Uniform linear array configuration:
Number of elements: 24
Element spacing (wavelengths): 1
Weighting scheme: uniform
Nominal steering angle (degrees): -45
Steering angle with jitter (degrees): -45.37
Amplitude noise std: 0.05
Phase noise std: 0.05

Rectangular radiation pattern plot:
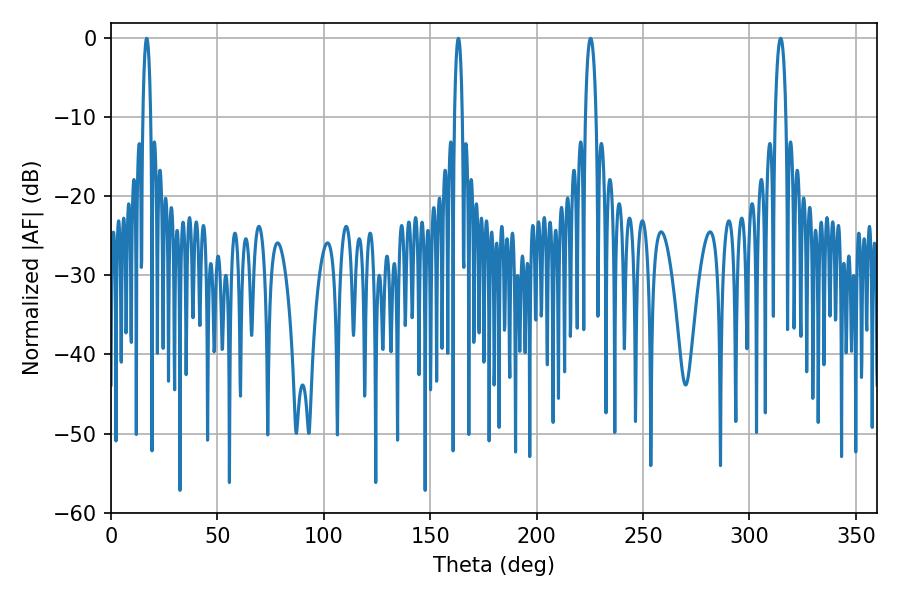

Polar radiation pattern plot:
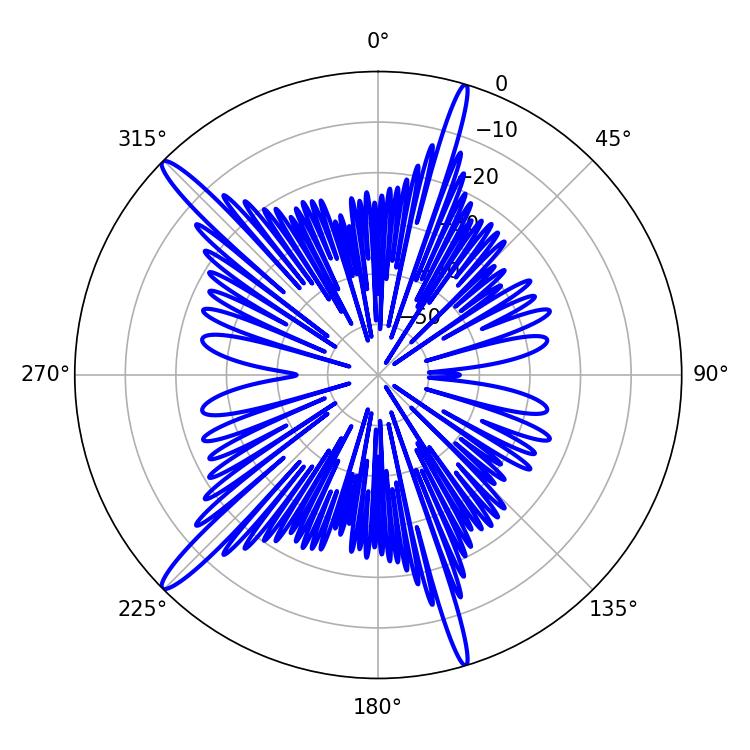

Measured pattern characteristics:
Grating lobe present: TRUE
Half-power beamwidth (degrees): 2.88
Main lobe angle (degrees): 225.36